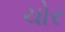
ચોર